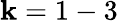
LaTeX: \mathbf{k}=1-3